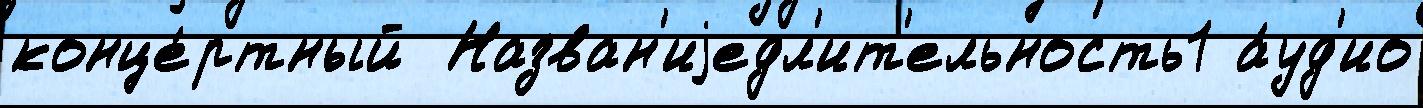
конце́ртный  Назван'иjедл'ит'ельность1 а́уд'ио